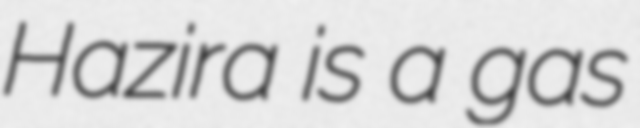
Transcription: Hazira is a gas